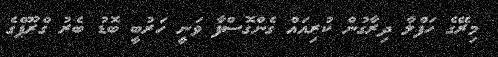
މިރޭގެ ހަފްލާ ދިރާގުން ކުރިއައް ގެންގޮސްފާ ވަނީ ހަރުބީ ބޮޑު ބެރު ގްރޫޕްގެ